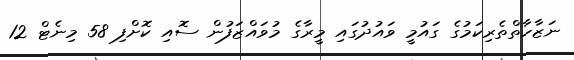
ނަޒާހާތްތެރިކަމުގެ ގައުމީ ވައުދުގައި މީރާގެ މުވައްޒަފުން ސޮއި ކޮށްފި 58 މިނެޓް 12